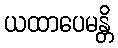
ယထာပေမန္တိ